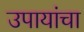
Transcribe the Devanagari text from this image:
उपायांचा